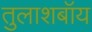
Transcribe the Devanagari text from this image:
तुलाशबॉय